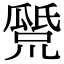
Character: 𤬕